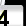
Digit: 3